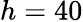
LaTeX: h=40